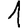
Digit: 1